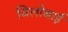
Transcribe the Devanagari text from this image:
विलोबाई